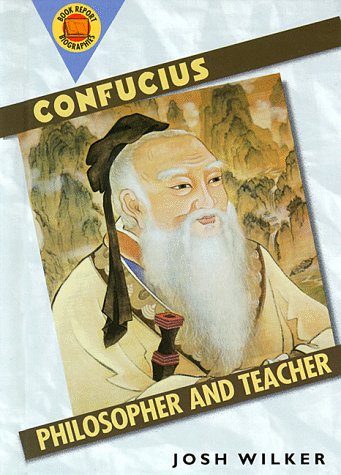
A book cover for Confucius: Philosopher & Teacher (Book Report Biographies); Joshua D. G. Wilker; Children's Books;